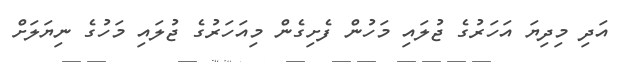
އަދި މިދިޔަ އަހަރުގެ ޖުލައި މަހުން ފެށިގެން މިއަހަރުގެ ޖުލައި މަހުގެ ނިޔަލަށް